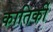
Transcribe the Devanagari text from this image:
कातिर्की